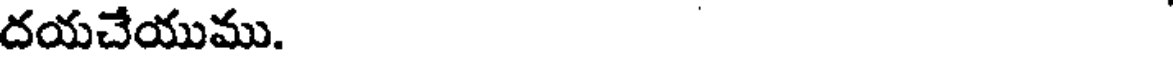
దయచేయుము.